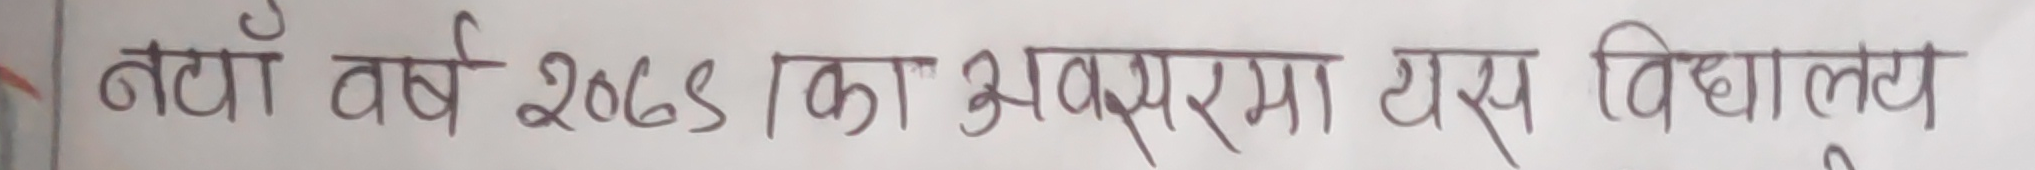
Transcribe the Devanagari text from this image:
नयाँ वर्ष २0७३ का अवसरमा यस विद्यालय